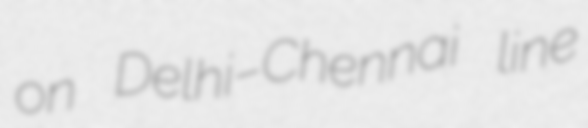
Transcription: on Delhi–Chennai line